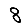
Digit: 8